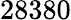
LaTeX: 28380